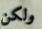
ولكن